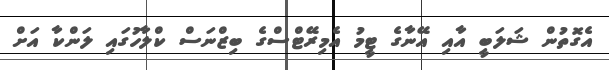
އެގޮތުން ޝަލަބީ އާއި އޭނާގެ ޓީމު އެމިރޭޓްސްގެ ބިޒްނަސް ކްލާހުގައި ލަންކާ އަށް